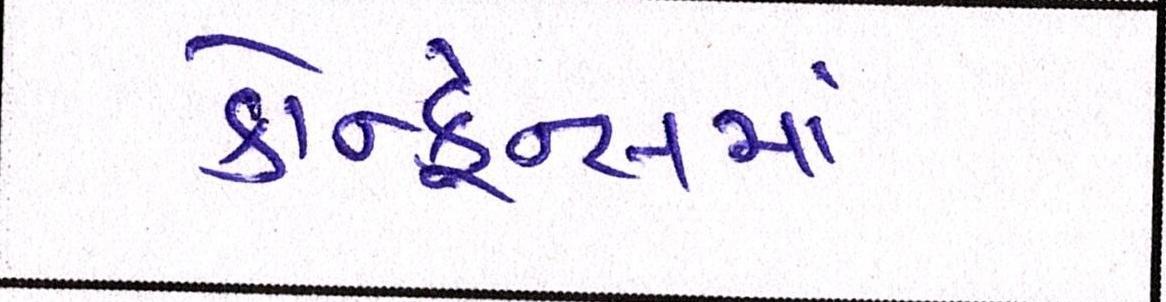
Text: કોન્ફ્રેન્સમાં